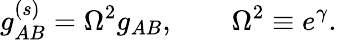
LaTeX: g_{AB}^{(s)}=\Omega^{2}g_{AB},\qquad\Omega^{2}\equiv e^{\gamma}.